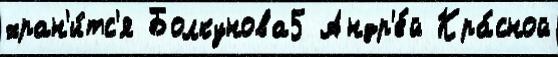
хран'и́тс'я Болкунова5 Андр'е́й Кра́сной